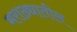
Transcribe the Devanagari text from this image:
मराठ्यातील